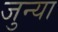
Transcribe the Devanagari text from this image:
जुन्‍या